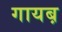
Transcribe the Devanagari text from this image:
गायब़